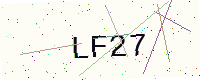
Text: LF27